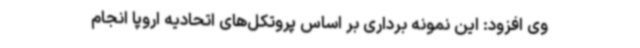
وی افزود: این نمونه برداری بر اساس پروتکل‌های اتحادیه اروپا انجام